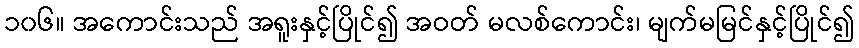
၁၀၆။ အကောင်းသည် အရူးနှင့်ပြိုင်၍ အဝတ် မလစ်ကောင်း၊ မျက်မမြင်နှင့်ပြိုင်၍